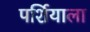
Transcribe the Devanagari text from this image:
पर्शियाला